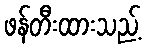
ဖန်တီးထားသည့်